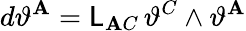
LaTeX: d\vartheta^{\mathbf{A}}=\mathsf{{L}}_{\mathbf{A}C}\, \vartheta^{C}\wedge\vartheta^{\mathbf{A}}